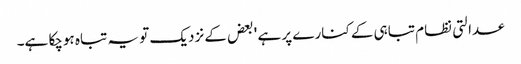
عدالتی نظام تباہی کے کنارے پر ہے ' بعض کے نزدیک تو یہ تباہ ہوچکا ہے۔